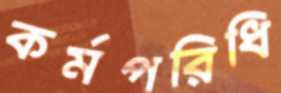
কর্মপরিধি